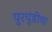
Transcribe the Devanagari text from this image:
पुरचुंडीचा